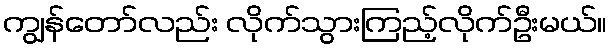
ကျွန်တော်လည်း လိုက်သွားကြည့်လိုက်ဦးမယ်။